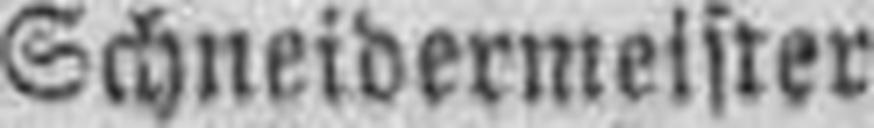
Schneidermeister